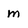
Character: m